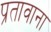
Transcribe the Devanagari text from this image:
प्रतावाना